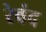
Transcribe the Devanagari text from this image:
रेवंद